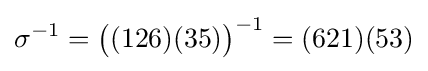
\sigma ^{-1}=\left({\vphantom {A^{2}}}(126)(35)\right)^{-1}=(621)(53)